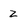
Character: z